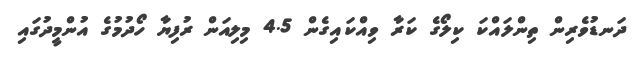
ދަނޑުވެރިން ތިންލައްކަ ކިލޯގެ ކަރާ ވިއްކައިގެން 4.5 މިލިއަން ރުފިޔާ ހޯދުމުގެ އުންމީދުގައި